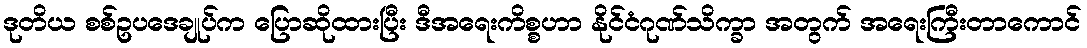
ဒုတိယ စစ်ဥပဒေချုပ်က ပြောဆိုထားပြီး ဒီအရေးကိစ္စဟာ နိုင်ငံဂုဏ်သိက္ခာ အတွက် အရေးကြီးတာကောင်